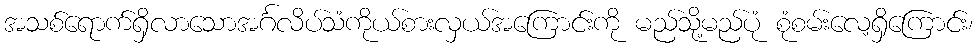
အသစ်ရောက်ရှိလာသောအင်္ဂလိပ်သံကိုယ်စားလှယ်အကြောင်းကို မည်သို့မည်ပုံ စုံစမ်းလေ့ရှိကြောင်း၊